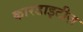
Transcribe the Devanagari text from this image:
कारडाइटीज़